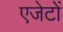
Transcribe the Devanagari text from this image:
एजेटों